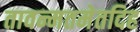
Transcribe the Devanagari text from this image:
तावन्मतमेतदिह